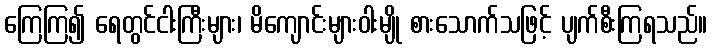
ကြေကြ၍ ရေတွင်ငါးကြီးများ၊ မိကျောင်းများဝါးမျို စားသောက်သဖြင့် ပျက်စီးကြရသည်။